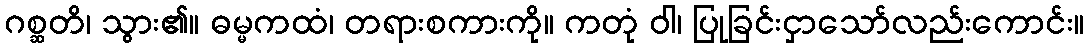
ဂစ္ဆတိ၊ သွား၏။ ဓမ္မကထံ၊ တရားစကားကို။ ကတုံ ဝါ၊ ပြုခြင်းငှာသော်လည်းကောင်း။